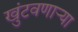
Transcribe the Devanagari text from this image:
खुंटवणाऱ्या